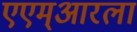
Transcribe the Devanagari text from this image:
एएम्‌आरला